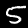
Digit: 5